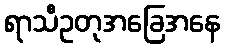
ရာသီဥတုအခြေအနေ